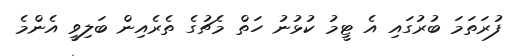
ފުރަތަމަ ބުރުގައި އެ ޓީމު ކުޅުނު ހަތް މެޗުގެ ތެރެއިން ބަލިވީ އެންމެ